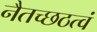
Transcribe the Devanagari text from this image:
नैतच्छठत्वं